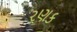
રણક